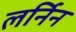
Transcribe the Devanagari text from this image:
लर्निन